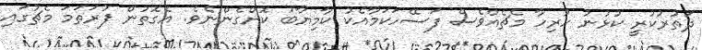
ދަތުރުކުރީ ކުޅުނު ހުރިހާ މެޗެއްވެސް ފަސޭހަކަމާއެކު ކާމިޔާބު ކޮށްގެންނެވެ. އެގޮތުން ފުރަތަމަ މެޗުގައި